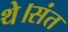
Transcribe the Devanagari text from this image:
थे।संत